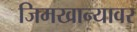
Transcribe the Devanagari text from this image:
जिमखान्यावर